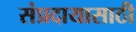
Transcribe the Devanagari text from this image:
संप्रदायासाठी